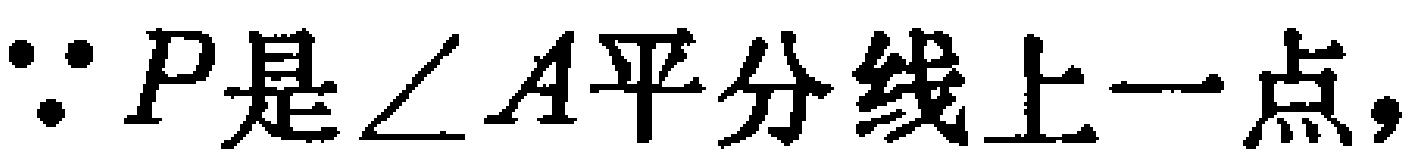
$\because P是\angle A平分线上一点,$